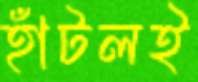
হাঁটলই